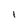
Character: l